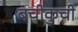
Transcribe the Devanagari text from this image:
बचीकुची